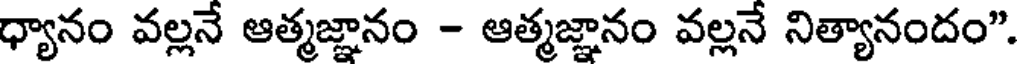
ధ్యానం వల్లనే ఆత్మజ్ఞానం - ఆత్మజ్ఞానం వల్లనే నిత్యానందం".